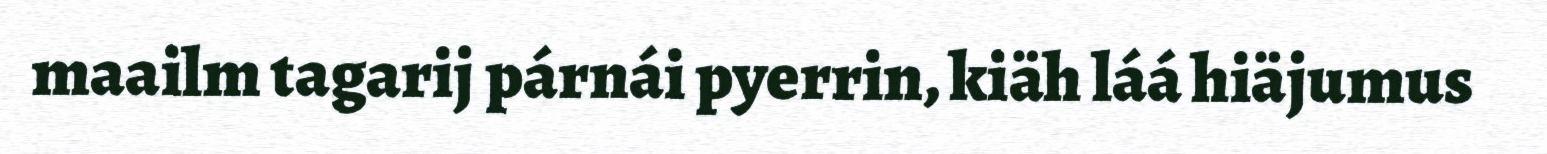
maailm tagarij párnái pyerrin, kiäh láá hiäjumus